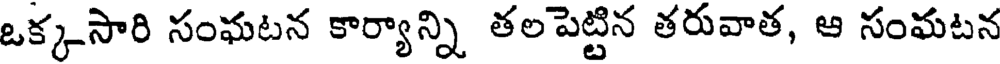
ఒక్కసారి సంఘటన కార్యాన్ని తలపెట్టిన తరువాత, ఆ సంమటన